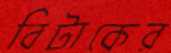
বিটাকের